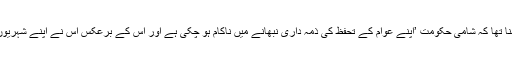
اجلاس سے خطاب میں اقوامِ متحدہ کے سیکرٹری جنرل بان کی مون کا کہنا تھا کہ شامی حکومت ’اپنے عوام کے تحفظ کی ذمہ داری نبھانے میں ناکام ہو چکی ہے اور اس کے برعکس اس نے اپنے شہریوں کو فوجی حملوں اور طاقت کے غیرضروری استعمال کا نشانہ بنایا ہے‘۔